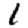
Digit: 1